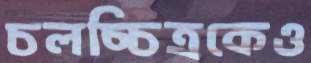
চলচ্চিত্রকেও